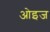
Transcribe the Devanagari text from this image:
ओइज